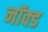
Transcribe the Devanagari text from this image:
नॉक्ड